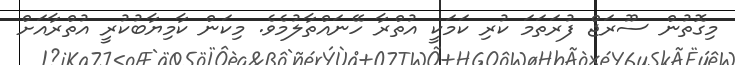
މިގޮތުން ސޫރަޖް ފުރަތަމަ ކުރި ކަމަކީ އުތްރާ ހޭނައްތާލުމެވެ. މިކަން ކާމިޔާބުކުރީ އުތްރާއަށް